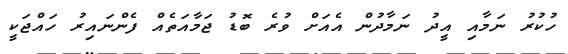
ހުކުރު ނަމާއި އީދު ނަމާދުން އެއަށް ވުރެ ބޮޑު ޖަމާއަތެއް ފެންނައިރު ހައްޖަކީ